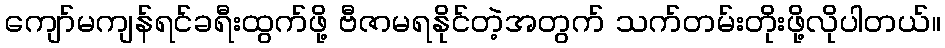
ကျော်မကျန်ရင်ခရီးထွက်ဖို့ ဗီဇာမရနိုင်တဲ့အတွက် သက်တမ်းတိုးဖို့လိုပါတယ်။